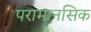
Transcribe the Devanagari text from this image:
परामानसिक